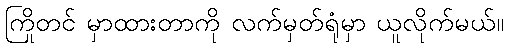
ကြိုတင် မှာထားတာကို လက်မှတ်ရုံမှာ ယူလိုက်မယ်။